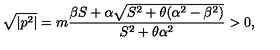
\sqrt { | p ^ { 2 } | } = m \frac { \beta S + \alpha \sqrt { S ^ { 2 } + \theta ( \alpha ^ { 2 } - \beta ^ { 2 } ) } } { S ^ { 2 } + \theta \alpha ^ { 2 } } > 0 ,